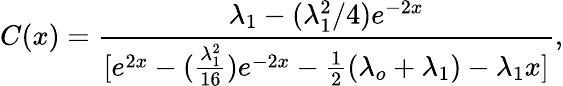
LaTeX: C(x)=\frac{\lambda_{1}-(\lambda_{1}^{2}/4)e^{-2x}}{[e^{2x}-(\frac{\lambda_{1}^{2}}{16})e^{-2x}-\frac{1}{2}(\lambda_{o}+\lambda_{1})-\lambda_{1}x]},